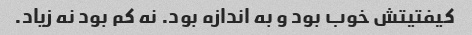
کیفتیتش خوب بود و به اندازه بود. نه کم بود نه زیاد.